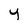
Character: y